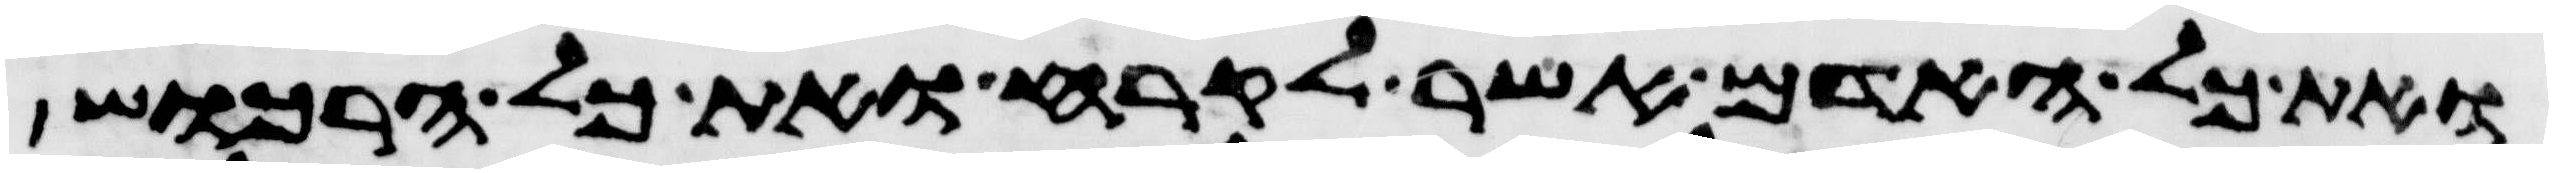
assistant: ואת כל האדם אשר לקרח ואת כל הרכוש